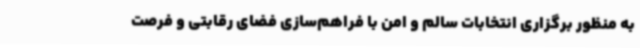
به منظور برگزاری انتخابات سالم و امن با فراهم‌سازی فضای رقابتی و فرصت